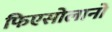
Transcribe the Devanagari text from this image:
फिएसोलानो